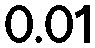
0.01